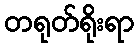
တရုတ်ရိုးရာ